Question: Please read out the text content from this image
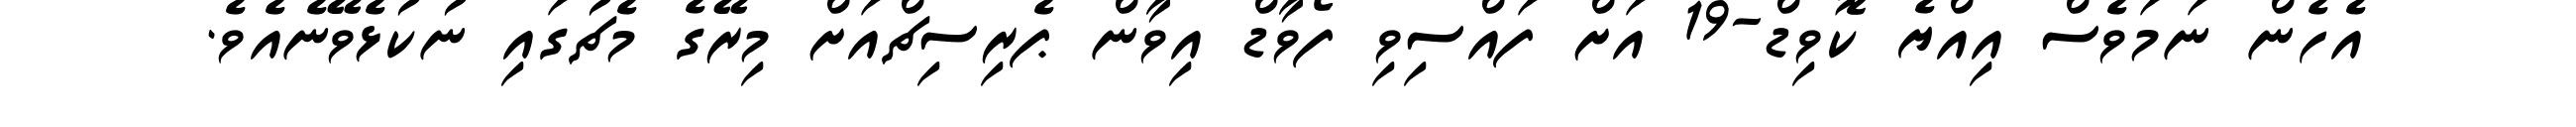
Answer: އެހެން ނަމަވެސް އިއްޔެ ކޮވިޑް-19 އަށް ފައްސިވި ފޯވާޑް އިވާން ޕެރިސިޗްއަށް މިރޭގެ މެޗުގައި ނުކުޅެވޭނެއެވެ.